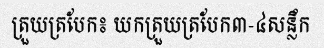
ត្រួយត្របែក៖ យកត្រួយត្របែក៣-៤សន្លឹក